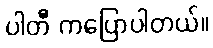
ပါတီ ကပြောပါတယ်။